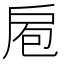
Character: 𭠆